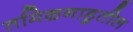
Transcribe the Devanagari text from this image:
तमिळनाडुतील